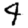
Digit: 4